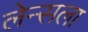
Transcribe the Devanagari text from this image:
लेन्सला